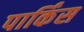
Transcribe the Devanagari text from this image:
पार्किंस